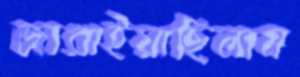
জারাইয়াছিলাম